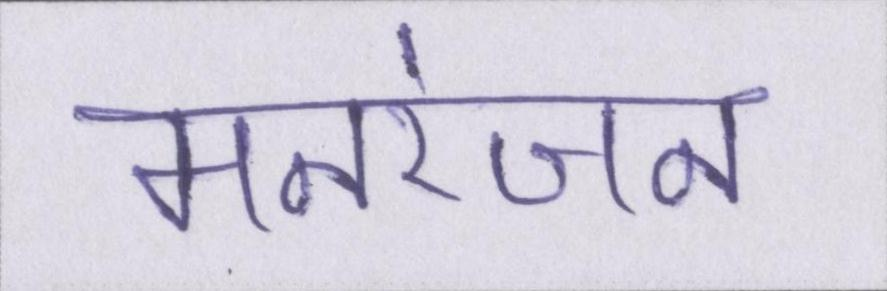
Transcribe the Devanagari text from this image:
मनरंजन